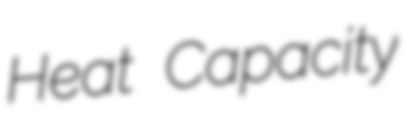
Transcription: Heat Capacity